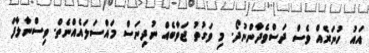
އައު ހުނަރެއް ވެސް ދަސްވެދާންނުދޯ. މި ވަގުތު ޖަވާބެއް ނުދިނަސް މައްސަލައެއްނެތް. ވިސްނާލާފަ